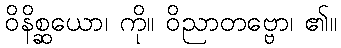
ဝိနိစ္ဆယော၊ ကို။ ဝိညာတဗ္ဗော၊ ၏။